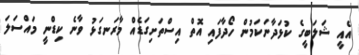
އެއީ ޝަލަބީގެ ކުޅަދާނަކަމުން ހޯދާފައި އޮތް އިސްތަށިގަޑެއް މާރަނގަޅު ވާނެ ކިޑްނީ މައްސަލަ